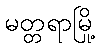
မတ္တရာမြို့